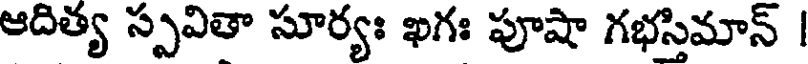
ఆదిత్య స్పవితా సూర్యః ఖగః పూషా గభస్తిమాన్ |